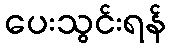
ပေးသွင်းရန်